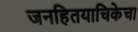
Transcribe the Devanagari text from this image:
जनहितयाचिकेचा